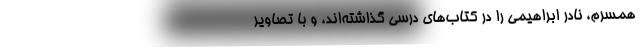
همسرم، نادر ابراهیمی را در کتاب‌های درسی گذاشته‌اند، و با تصاویر